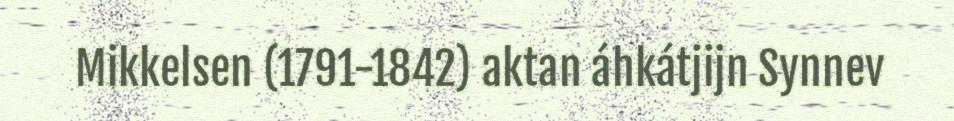
Mikkelsen (1791-1842) aktan áhkátjijn Synnev